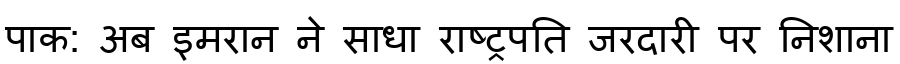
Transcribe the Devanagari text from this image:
पाक: अब इमरान ने साधा राष्ट्रपति जरदारी पर निशाना